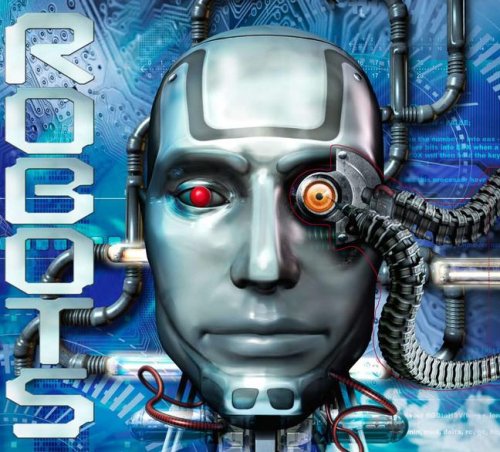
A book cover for Robots; Clive Gifford; Children's Books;